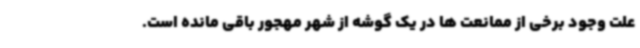
علت وجود برخی از ممانعت ها در یک گوشه از شهر مهجور باقی مانده است.